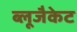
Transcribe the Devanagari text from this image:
ब्लूजैकेट